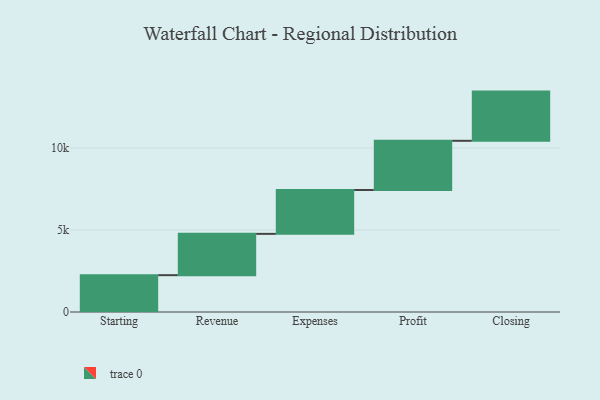
{"axis": {"x": "Step", "y": "Value"}, "legend": [""], "data": [{"x": "Starting", "y": 2245.0, "type": ""}, {"x": "Revenue", "y": 2519.0, "type": ""}, {"x": "Expenses", "y": 2674.0, "type": ""}, {"x": "Profit", "y": 3000, "type": ""}, {"x": "Closing", "y": 3000, "type": ""}]}